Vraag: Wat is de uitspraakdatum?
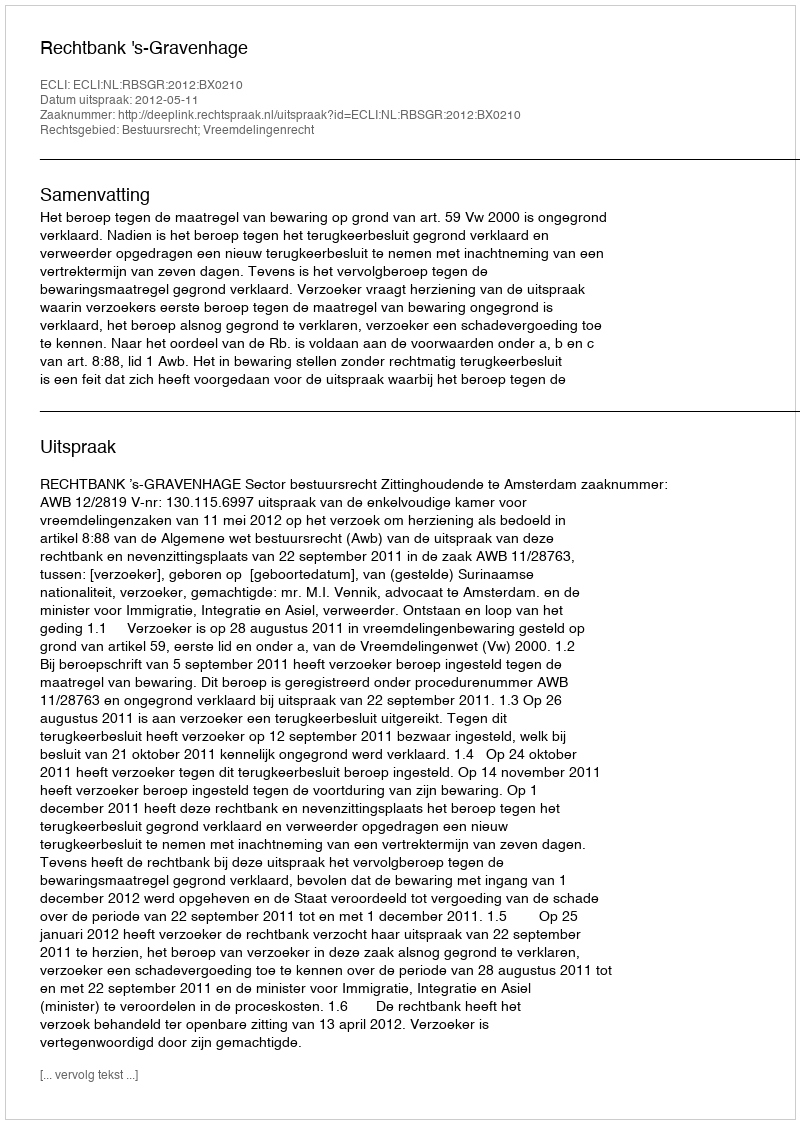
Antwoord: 2012-05-11